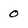
Character: 0